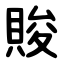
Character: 賐